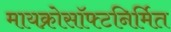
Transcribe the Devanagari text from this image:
मायक्रोसॉफ्टनिर्मित